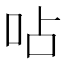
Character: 呫